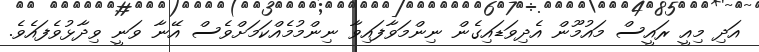
އަދި މިއީ ރައީސް މައުމޫން އެދިވަޑައިގެން ނިންމަވާފައިވާ ނިންމުމެއްކަމަށްވެސް އޭނާ ވަނީ ވިދާޅުވެފައެވެ.